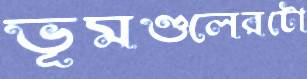
ভূমণ্ডলেরটো